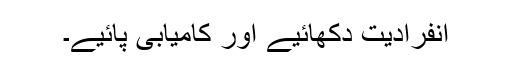
انفرادیت دکھائیے اور کامیابی پائیے۔